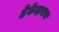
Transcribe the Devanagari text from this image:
ठेकेदारास